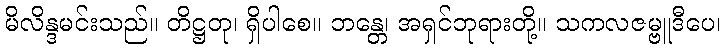
မိလိန္ဒမင်းသည်။ တိဋ္ဌတု၊ ရှိပါစေ။ ဘန္တေ၊ အရှင်ဘုရားတို့။ သကလဇမ္ဗူဒီပေ၊